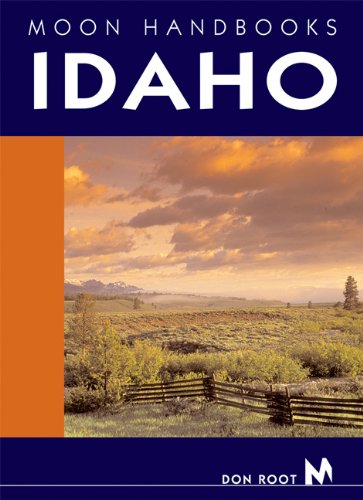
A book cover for Moon Handbooks Idaho; Don Root; Travel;